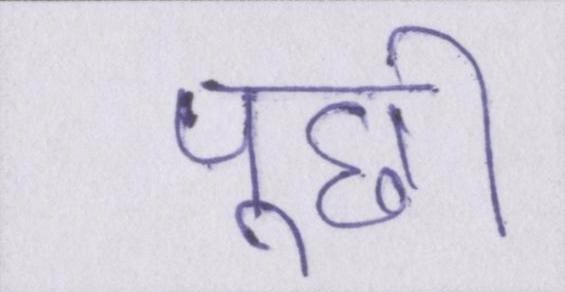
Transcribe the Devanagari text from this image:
पूछी